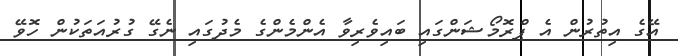
އޭގެ އިތުރުން އެ ޕްރޮމޯޝަންގައި ބައިވެރިވާ އެންމެންގެ މެދުގައި ނެގޭ ގުރުއަތަކުން ހޮވޭ